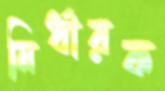
নির্ধারক